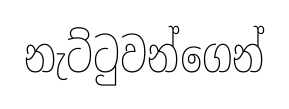
නැට්ටුවන්ගෙන්